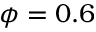
\phi = 0 . 6